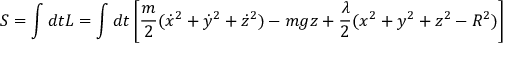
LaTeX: S = \int d t L = \int d t \left[ { \frac { m } { 2 } } ( { \dot { x } } ^ { 2 } + { \dot { y } } ^ { 2 } + { \dot { z } } ^ { 2 } ) - m g z + { \frac { \lambda } { 2 } } ( x ^ { 2 } + y ^ { 2 } + z ^ { 2 } - R ^ { 2 } ) \right]